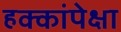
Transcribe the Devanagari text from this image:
हक्कांपेक्षा